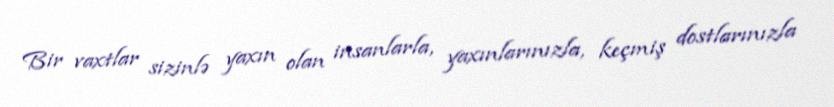
Bir vaxtlar sizinlə yaxın olan insanlarla, yaxınlarınızla, keçmiş dostlarınızla